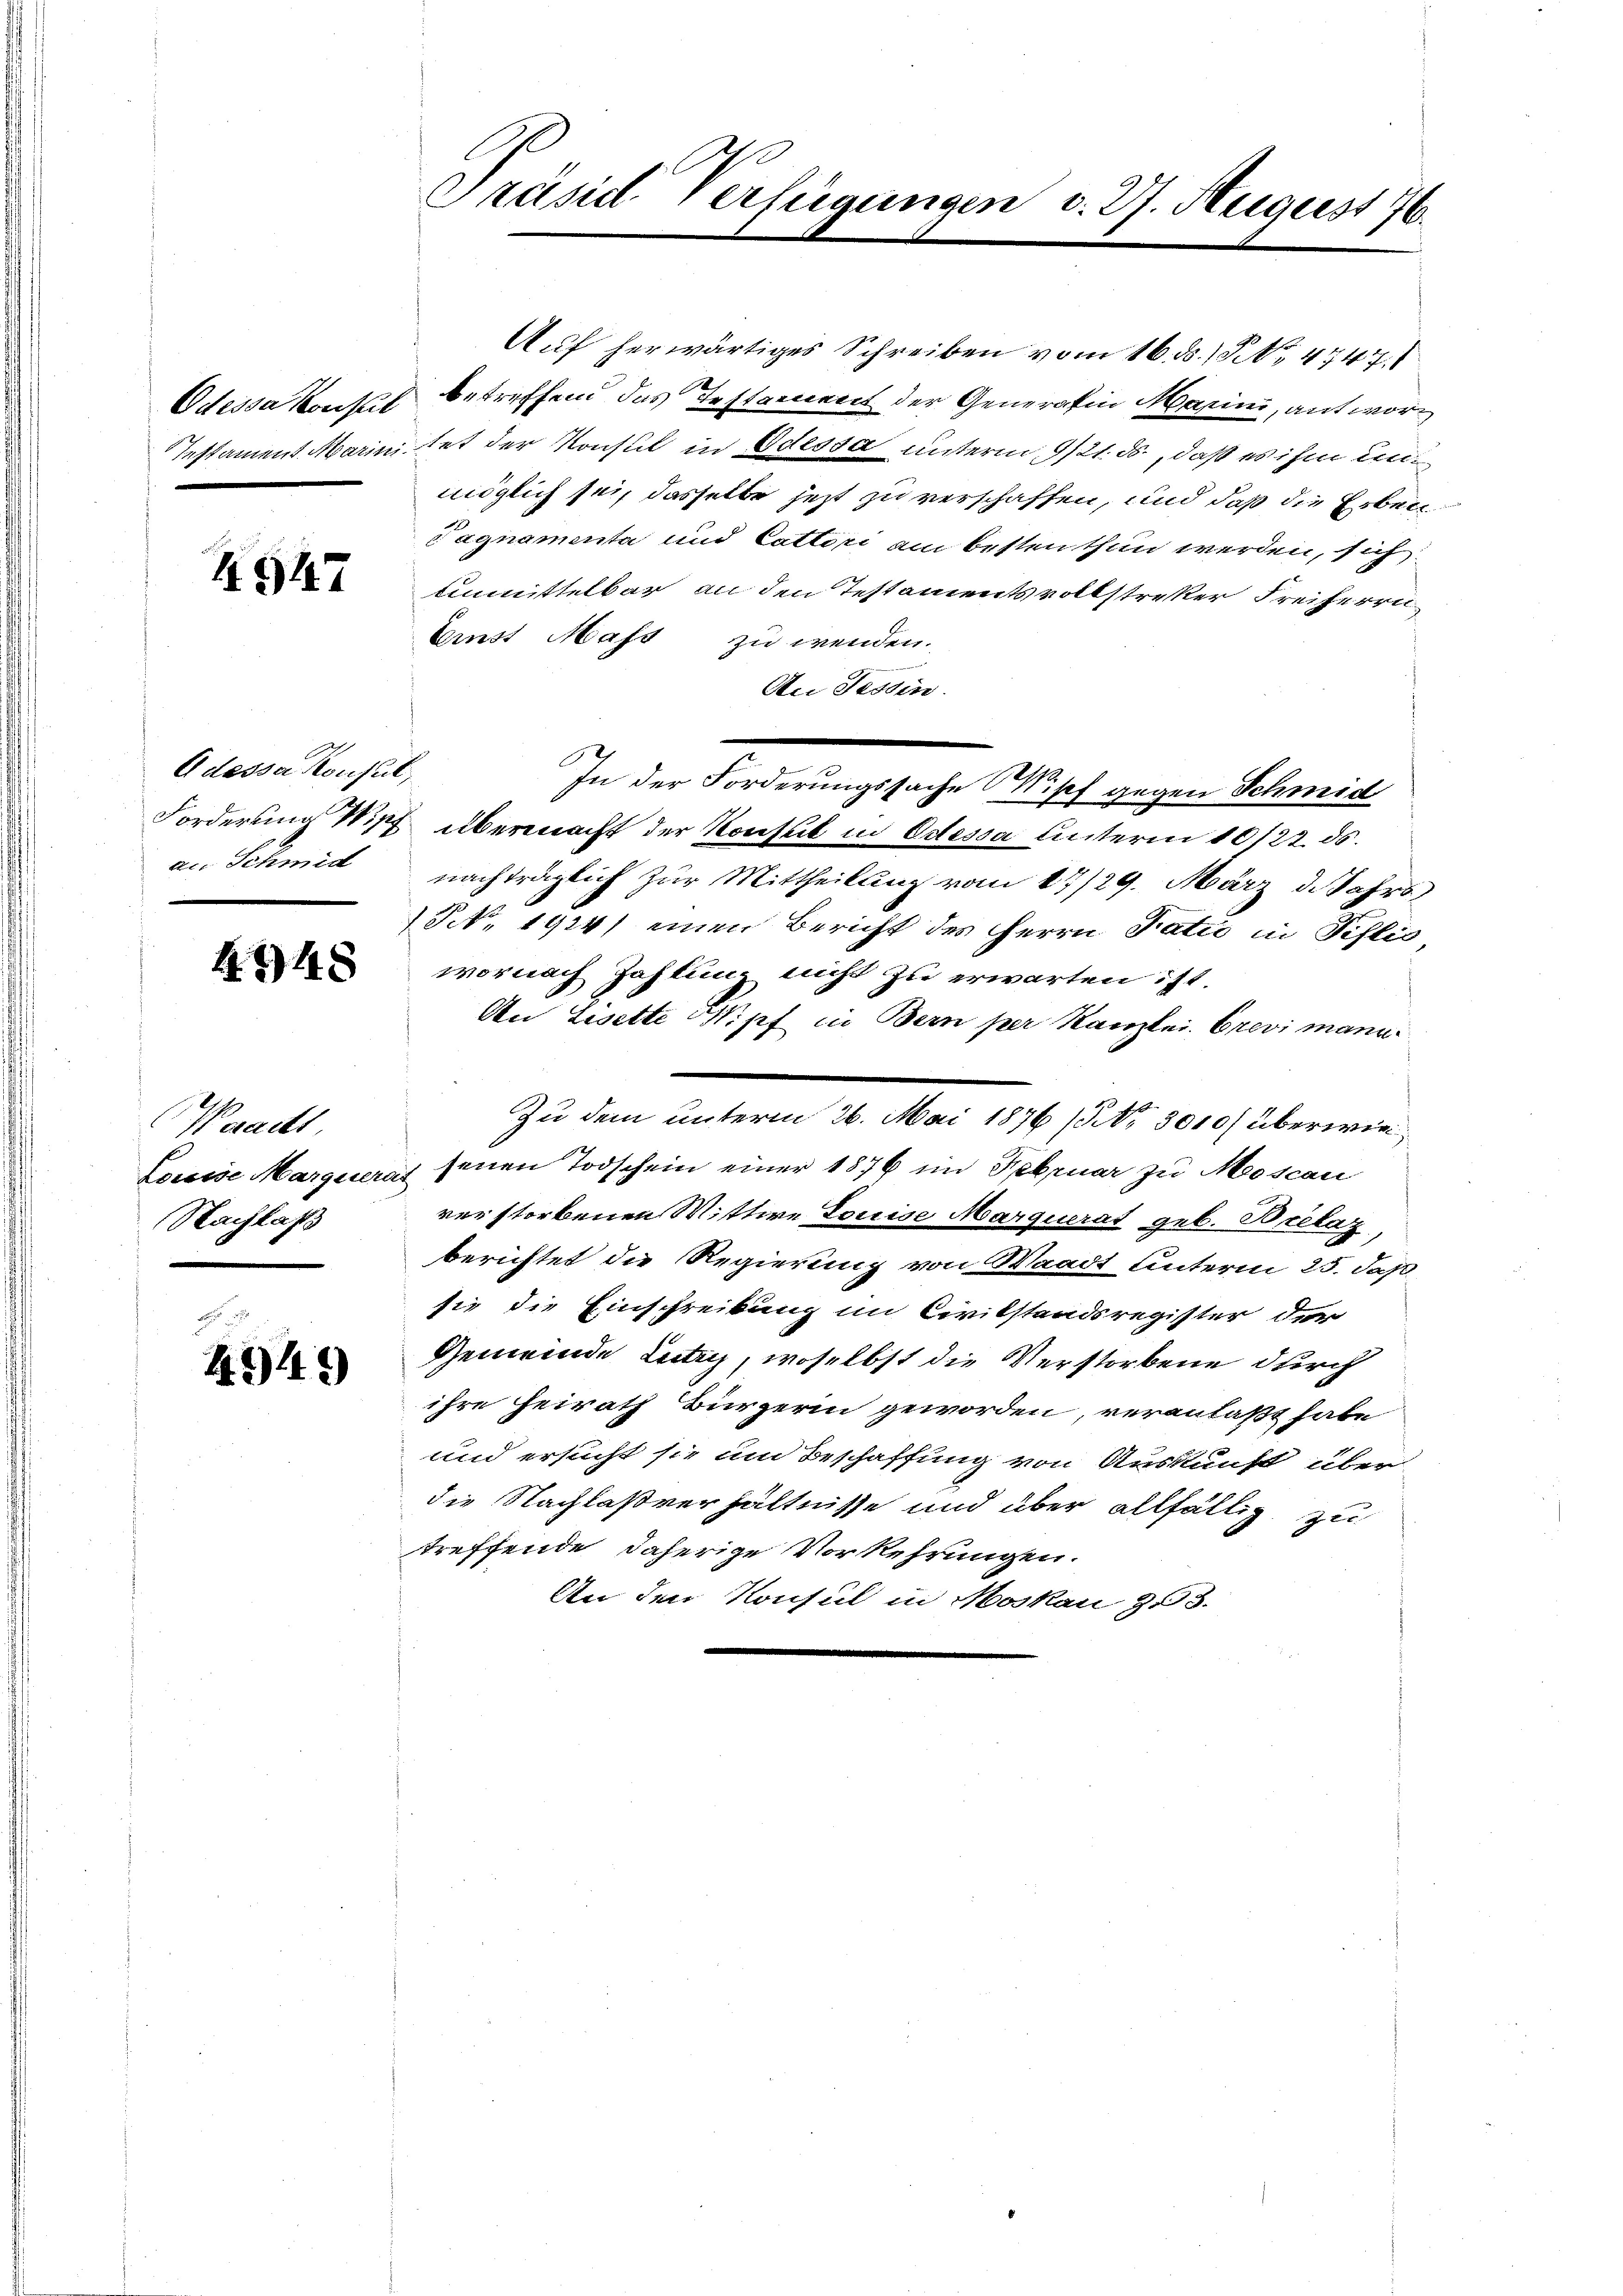
1947

Adessa Konsul,
an Schmid

448

Weracht
Louise Margenerat
Nachlaß

494)

Auf herwärtiges Schreiben vom 16. ds. 1 S. 4747.
Odessa konst betreffend das Testament der Generafin Marini, antwor¬
Testament Marinitet der Konsul in Odessa unterm 9/21. ds., daß es ihm un
möglich sei, dasselbe jetzt zu verschaffen, und daß die Erben
Tagnamenta und Cattori am besten thun werden, sich
Einmittelbar an den Testaments vollstreker Freiherrn
Emst Mass zu wenden.
An Tessin.
In der Forderungssache Nisch gegen Schmid
Forderung Wipf übermacht der Konsul in Odessa unterm 10/22. ds.
nachträglich zur Mittheilung vom 17/29. März d. Jahrs
N. 1914) einen Bericht des Herrn Patie in Pislis
wornach Zahlung nicht zu erwarten ist.
An Lisette Wipf in Bern per Kanzlei. Crevi mann
—
Zu dem unterm 26. Mai 1876 (5 No 3010/ überwiesenen Todschein einer 1876 im Februar zu Moscan
verstorbenen Wittwe Louise Marquerat geb. Borelaz,
berichtet die Regierung von Waadt Unterm 25. Jah
sie die Einschreibung im Civilstandsregister der
Gemeinde Lutz, woselbst die Verstorbene durch
ihre Heirath Bürgerin geworden, veranlaßt habe
und ersucht sie um Beschaffung von Auskunft über
die Nachlaßverhältnisse und über allfällig zu
treffende daherige Vorkehrungen.
An den Konsul in Moskau Z.3.

Präsid. Verfügungen v. 27. August 176.